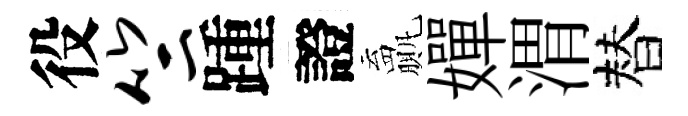
役竺踵證贏嬋渭替